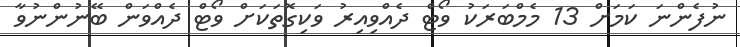
ނުފެންނަ ކަމަށް 13 މެމްބަރަކު ވޯޓް ދެއްވިއިރު ވަކިގޮތަކަށް ވޯޓް ދެއްވަން ބޭނުންނުވާ